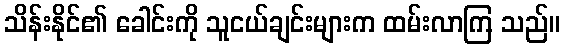
သိန်းနိုင်၏ ခေါင်းကို သူငယ်ချင်းများက ထမ်းလာကြ သည်။